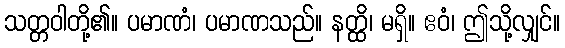
သတ္တဝါတို့၏။ ပမာဏံ၊ ပမာဏသည်။ နတ္ထိ၊ မရှိ။ ဧဝံ၊ ဤသို့လျှင်။